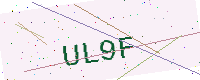
Text: UL9F